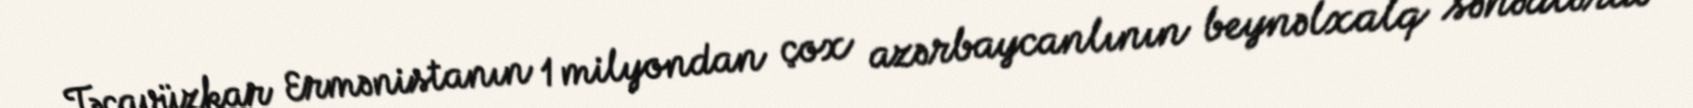
Təcavüzkar Ermənistanın 1 milyondan çox azərbaycanlının beynəlxalq sənədlərdə